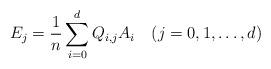
LaTeX: \begin{align*}E_j=\frac{1}{n}\sum_{i=0}^d Q_{i,j}A_i\quad(j=0,1,\dots,d)\end{align*}